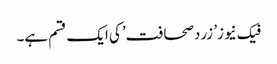
فیک نیوز’ زردصحافت’کی ایک قسم ہے۔